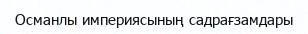
Османлы империясының садрағзамдары